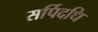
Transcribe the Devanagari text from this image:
सर्पिदधि